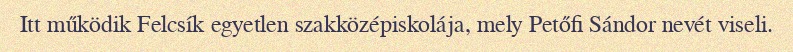
Itt működik Felcsík egyetlen szakközépiskolája, mely Petőfi Sándor nevét viseli.